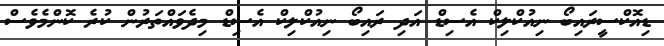
ޑިއޮކްސީރައިބޯ ނިއުކްލިކް އެސިޑް އަދި ރައިބޯ ނިއުކްލިކް އެސިޑް މިދެވައްތަރުން ކުރެ ކޮންމެވެސް